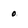
Character: 0